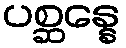
ပစ္ဆန္နေ